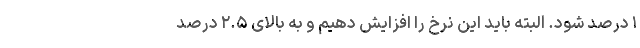
۱ درصد شود. البته باید این نرخ را افزایش دهیم و به بالای ۲.۵ درصد